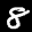
Label: 8